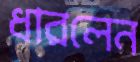
ধারলেন